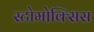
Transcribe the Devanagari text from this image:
स्टोमोक्सिस